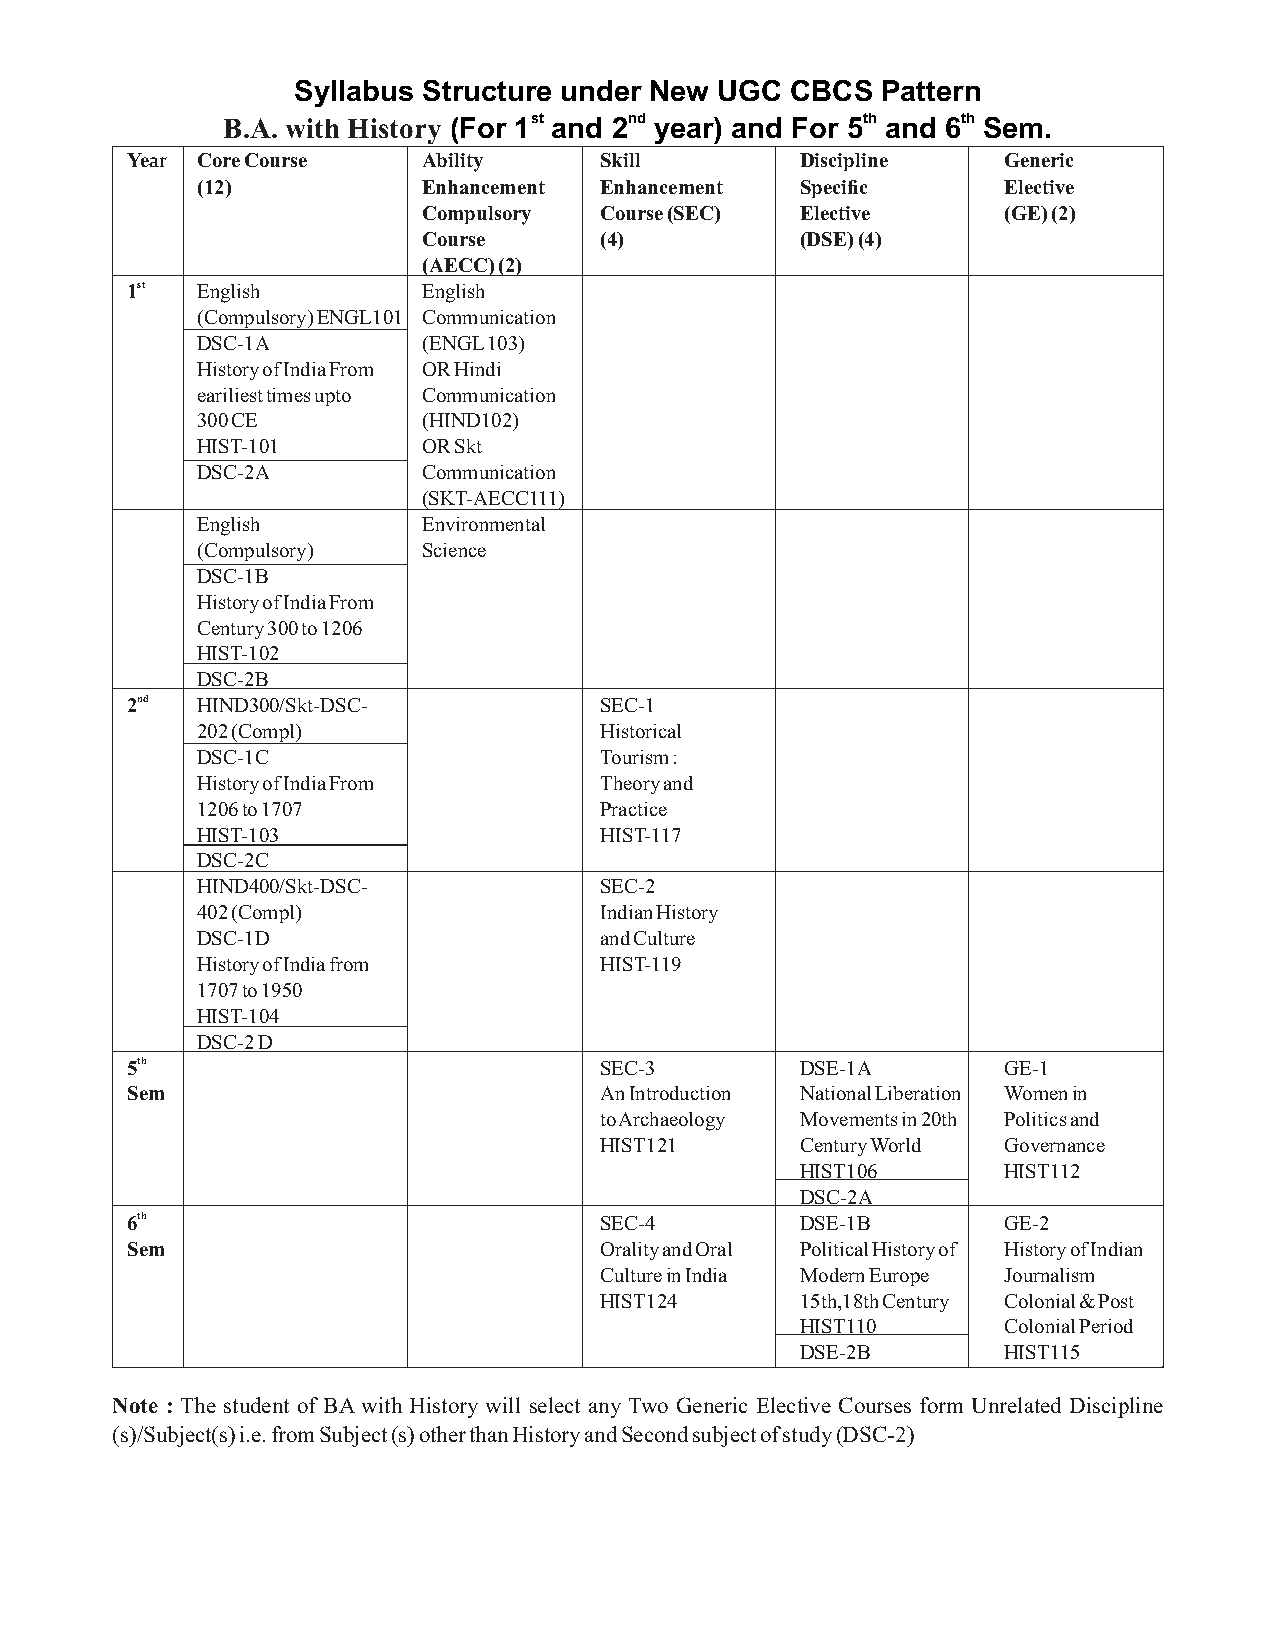
Syllabus Structure under New UGC CBCS  Pattern
 B.A. with History (For 1st and 2nd year) and For 5th and 6th Sem.
 Year Core Course    Ability     Skill        Discipline   Generic
 (12)           Enhancement Enhancement  Specific     Elective
 Compulsory  Course (SEC) Elective     (GE) (2)
 Course      (4)          (DSE) (4)
 (AECC) (2)
 1st  English        English
 (Compulsory) ENGL101 Communication
 DSC-1A         (ENGL 103)
 History of India From OR Hindi
 eariliest times upto Communication
 300 CE         (HIND102)
 HIST-101       OR Skt
 DSC-2A         Communication
 (SKT-AECC111)
 English        Environmental
 (Compulsory)   Science
 DSC-1B
 History of India From
 Century 300 to 1206
 HIST-102
 DSC-2B
 2nd  HIND300/Skt-DSC-           SEC-1
 202 (Compl)                Historical
 DSC-1C                     Tourism :
 History of India From      Theory and
 1206 to 1707               Practice
 HIST-103                   HIST-117
 DSC-2C
 HIND400/Skt-DSC-           SEC-2
 402 (Compl)                Indian History
 DSC-1D                     and Culture
 History of India from      HIST-119
 1707 to 1950
 HIST-104
 DSC-2 D
 5th                             SEC-3        DSE-1A       GE-1
 Sem                             An Introduction National Liberation Women in
 to Archaeology Movements in 20th Politics and
 HIST121      Century World Governance
 HIST106      HIST112
 DSC-2A
 6th                             SEC-4        DSE-1B       GE-2
 Sem                             Orality and Oral Political History of History of Indian
 Culture in India Modern Europe Journalism
 HIST124      15th,18th Century Colonial & Post
 HIST110      Colonial Period
 DSE-2B       HIST115
 Note : The student of BA with History will select any Two Generic Elective Courses form Unrelated Discipline
 (s)/Subject(s) i.e. from Subject (s) other than History and Second subject of study (DSC-2)